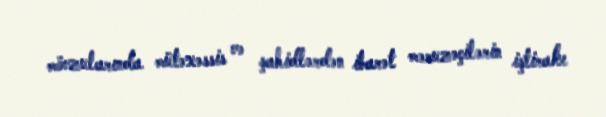
mövzularında mütəxəssis və şahidlərdən ibarət məruzəçilərin iştirakı